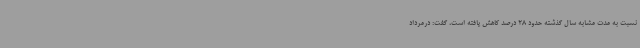
نسبت به مدت مشابه سال گذشته حدود 28 درصد کاهش یافته است، گفت: درمرداد